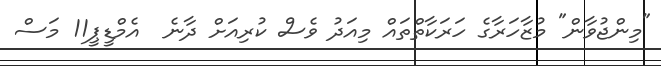
"މިންޖުވާން" މުޒާހަރާގެ ހަރަކާތްތައް މިއަދު ވެސް ކުރިއަށް ދާނެ  އެމްޑީޕީ11 މަސް